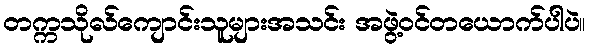
တက္ကသိုလ်ကျောင်းသူများအသင်း အဖွဲ့ဝင်တယောက်ပါပဲ။